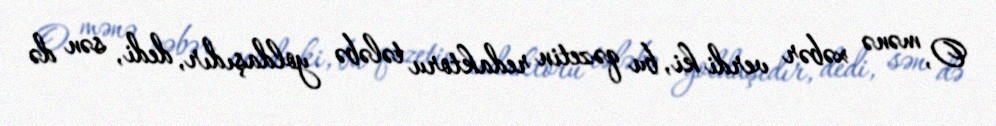
O, mənə xəbər verdi ki, bu qəzetin redaktoru tələbə yoldaşıdır, dedi, sən də